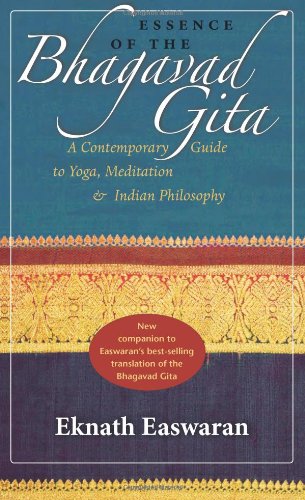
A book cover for Essence of the Bhagavad Gita: A Contemporary Guide to Yoga, Meditation, and Indian Philosophy (Wisdom of India); Eknath Easwaran; Religion & Spirituality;